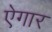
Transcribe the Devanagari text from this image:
ऐगार